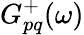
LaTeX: G_{pq}^{+}(\omega)